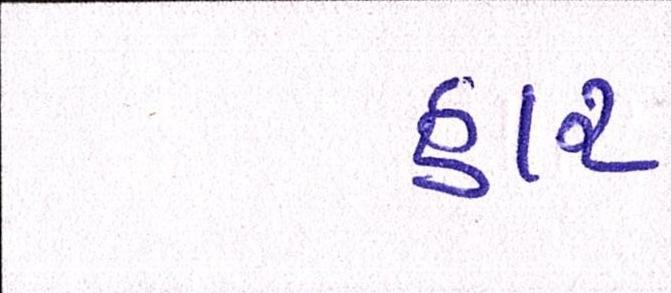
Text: હાર